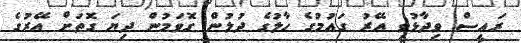
ރައީސް ވިދާޅުވީ އޭރު ގައުމުގެ ހާލުގެ ދުލުން ގޮވަމުން ދިޔަ ގޮތަށް އޭރުގެ